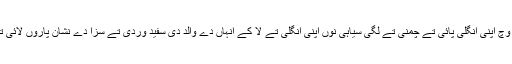
ایس لیمپ وچ اپنی انگلی پائی تے چمنی تے لگی سیاہی نوں اپنی انگلی تے لا کے انہاں دے والد دی سفید وردی تے سزا دے نشان پاروں لائی تے ٹر گیا۔